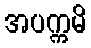
အပက္ကမိ